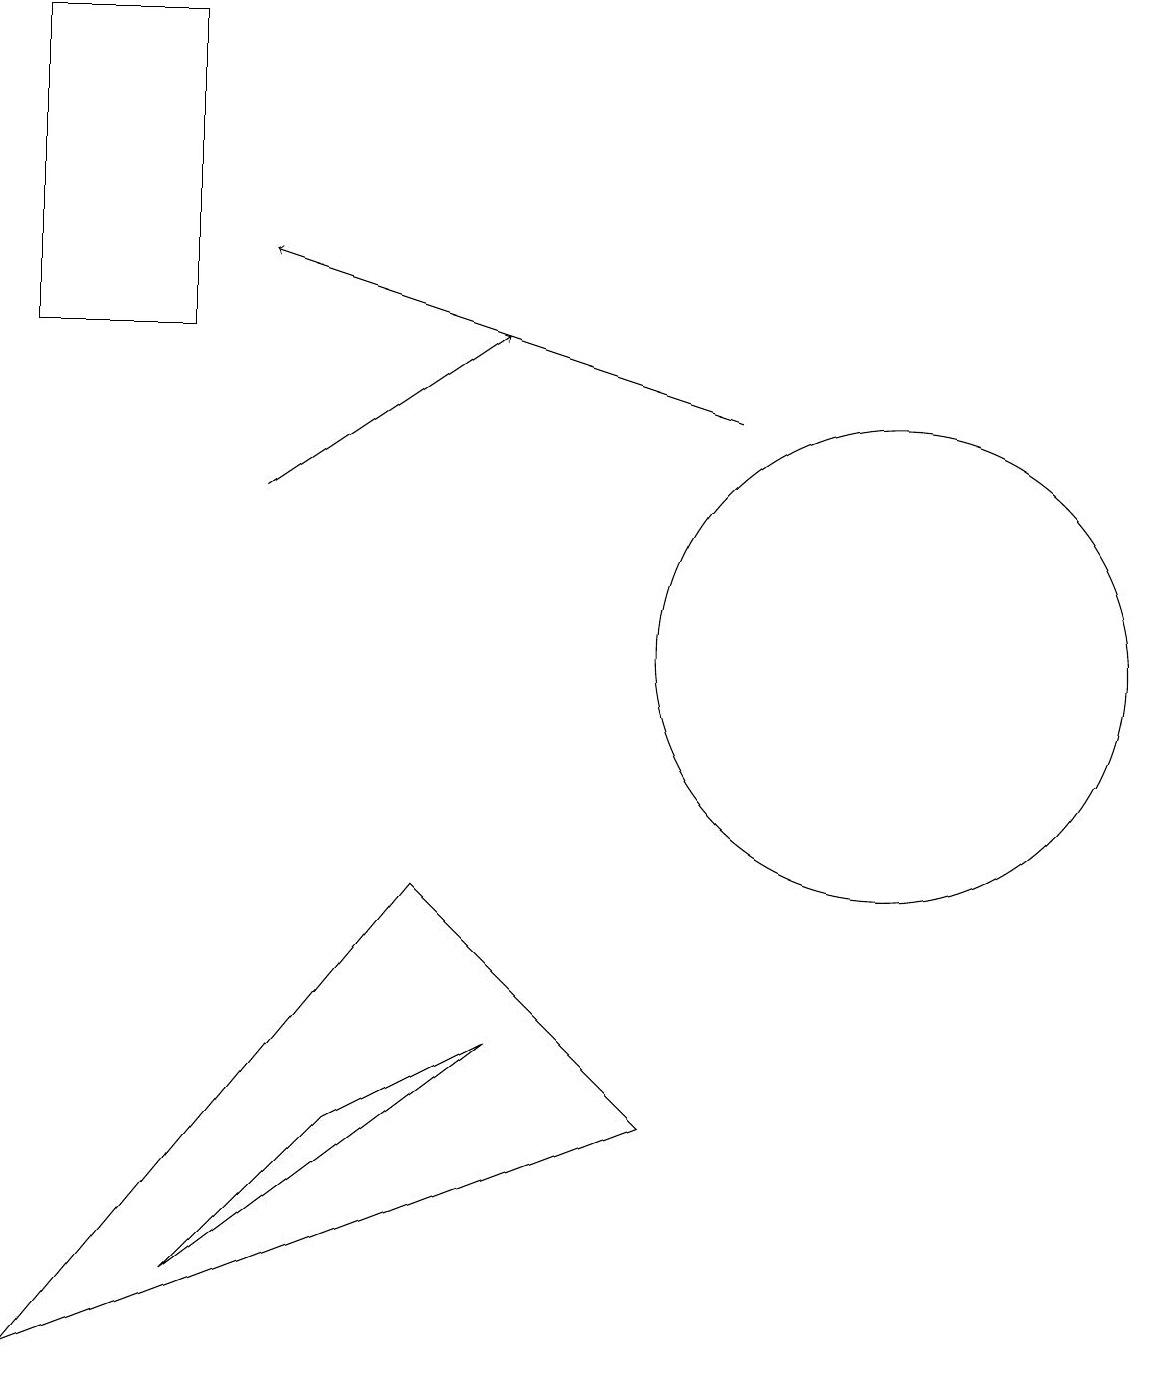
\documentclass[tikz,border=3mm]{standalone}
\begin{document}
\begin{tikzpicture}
\draw (6,6) -- (2,3) -- (4,5) -- cycle;
\draw (0,15) rectangle (2,19);
\draw[->] (3,13) -- (6,15);
\draw (8,5) -- (5,8) -- (0,2) -- cycle;
\draw[->] (9,14) -- (3,16);
\draw (11,11) circle (3);
\draw (11,12) circle (0);
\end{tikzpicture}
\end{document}